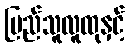
ပြည်သူလူထုနှင့်